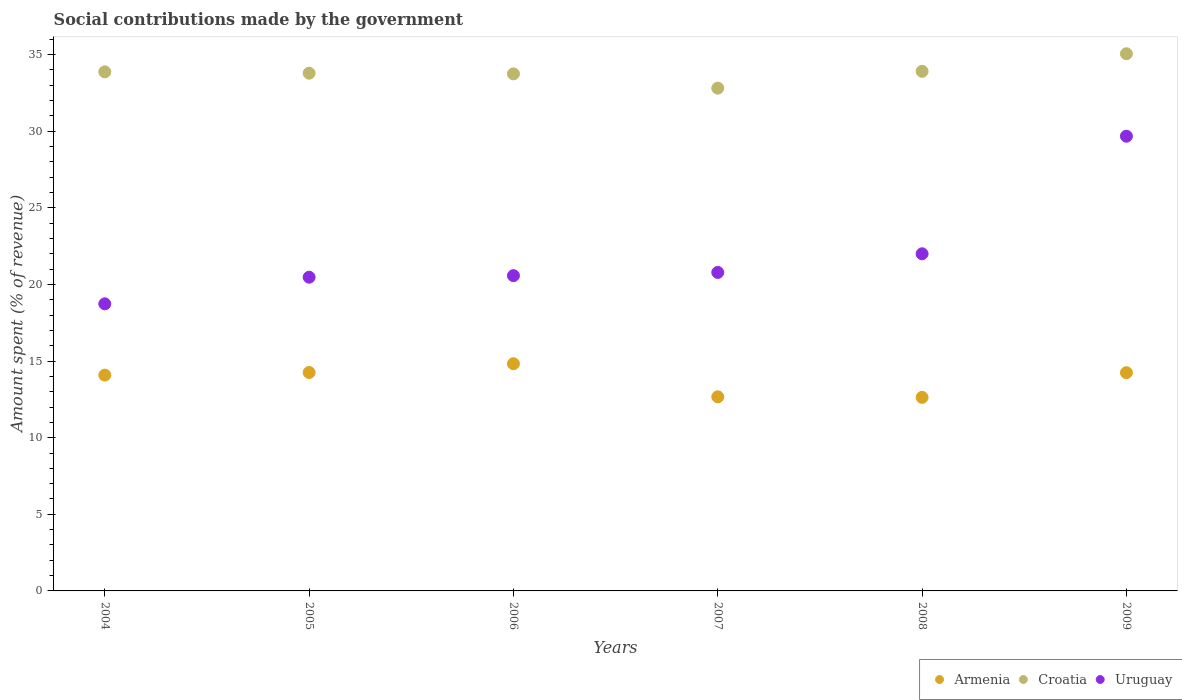
| Years | Armenia | Croatia | Uruguay |
 | --- | --- | --- | --- |
 | 2004 | 14.1 | 33.9 | 18.7 |
 | 2005 | 14.3 | 33.8 | 20.5 |
 | 2006 | 14.8 | 33.7 | 20.6 |
 | 2007 | 12.7 | 32.8 | 20.8 |
 | 2008 | 12.6 | 33.9 | 22 |
 | 2009 | 14.2 | 35.1 | 29.7 |